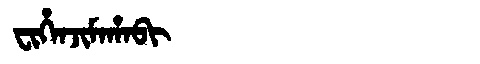
Manchu: ᠸᡳᡥᡝᠨᠵᡳᠮᠠᡥᠠᠪᡳ
Romanization: FIHENJIMAHABI